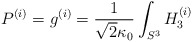
\begin{align*}P^{(i)} = g^{(i)} = \frac{1}{\sqrt{2}\kappa_0} \int_{S^3} H_3^{(i)}\end{align*}